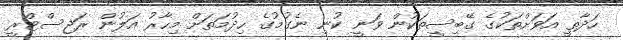
ހަދާތީ އަވަށްތަކުގެ ގޭބިސީތަކުން ވަނީ ކުނި ނެގުމުގެ ހިދުމަތަށް މިހާރު އަލުން ރަޖިސްޓްރީ